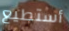
أستطيع